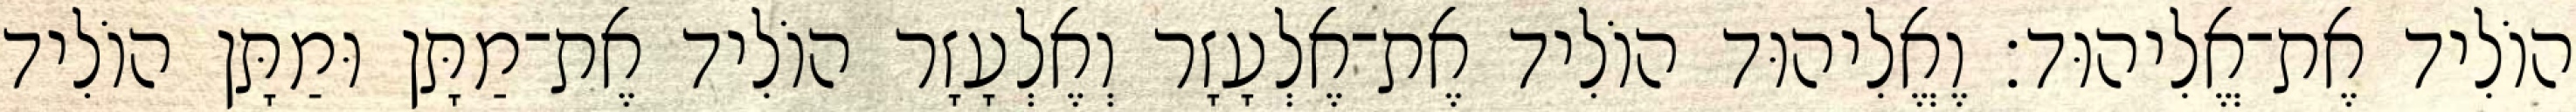
הוֹלִיד אֶת־אֱלִיהוּד׃ וֶאֱלִיהוּד הוֹלִיד אֶת־אֶלְעָזָר וְאֶלְעָזָר הוֹלִיד אֶת־מַתָּן וּמַתָּן הוֹלִיד